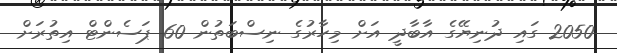
2050 ގައި ދުނިޔޭގެ އާބާދީ އަށް މިހާރުގެ ނިސްބަތުން 60 ޕަސެންޓް އިތުރަށް